Vaccination in Bombay 1863-1868 - 1863-1868
Year: 1863
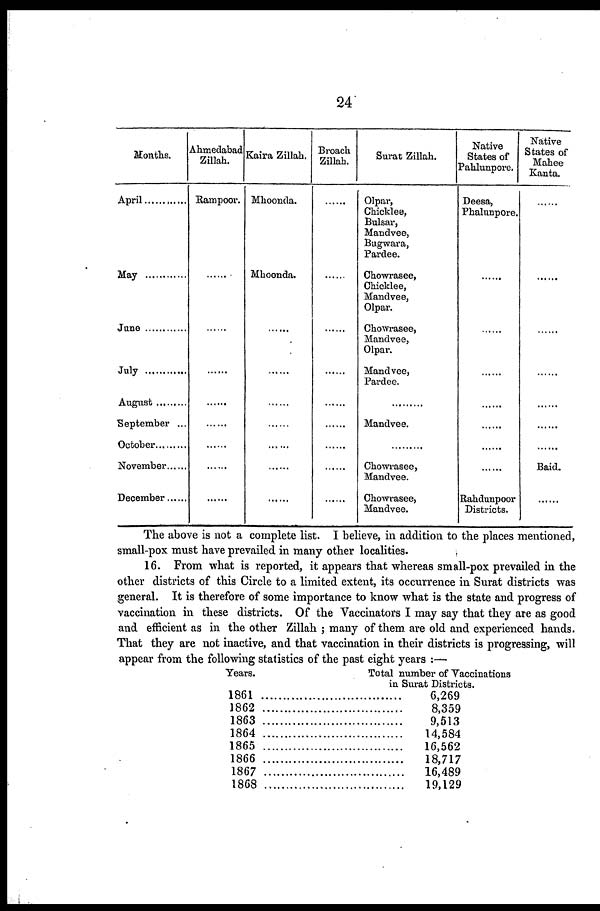
24
Months.
April ............
May ............
June ............
July ............
August ............
September ...
October ..........
November ......
December ......
Ahmedabad
Zillah.
Rampoor.
......
......
......
......
......
......
......
......
Kaira Zillah.
Mhoonda.
Mhoonda.
......
......
......
......
......
......
......
Broach
Zillah.
......
......
......
......
......
......
......
......
......
Surat Zillah.
Olpar,
Chicklee,
Bulsar,
Mandvee,
Bugwara,
Pardee.
Chowrasee,
Chicklee,
Mandvee,
Olpar.
Chowrasee,
Mandvee,
Olpar.
Mandvee,
Pardee.
........
Mandvee.
......
Chowrasee,
Mandvee.
Chowrasee,
Mandvee.
Native
States of
Pahlunpore.
Deesa,
Phalunpore.
......
......
......
......
......
........
......
Rahdunpoor
Districts.
Native
States of
Mahee
Konta.
......
......
......
......
......
......
......
Baid.
......
The above is not a complete list. I believe, in addition to the places mentioned,
small-pox must have prevailed in many other localities.
16. From what is reported, it appears that whereas small-pox prevailed in the
other districts of this Circle to a limited extent, its occurrence in Surat districts was
general. It is therefore of some importance to know what is the state and progress of
vaccination in these districts. Of the Vaccinators I may say that they are as good
and efficient as in the other Zillah ; many of them are old and experienced hands.
That they are not inactive, and that vaccination in their districts is progressing, will
appear from the following statistics of the past eight years :—
Years.
1861....................
1862
....
1863
1864
1865
1866
1867
1868
Total number of Vaccinations
in Surat Districts.
6,269
8,359
9,513
14,584
16,562
18,717
16,489
19,129